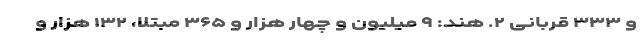
و ۳۳۳ قربانی ۲. هند: ۹ میلیون و چهار هزار و ۳۶۵ مبتلا، ۱۳۲ هزار و